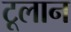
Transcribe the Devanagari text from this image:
टूलान